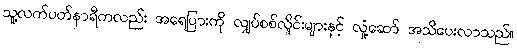
သူ့လက်ပတ်နာရီကလည်း အရေပြားကို လျှပ်စစ်လှိုင်းများနှင့် လှုံ့ဆော် အသိပေးလာသည်။